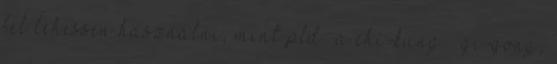
fel lehessen használni, mint pld.: a chi-kung qi-qong,